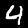
Label: 4